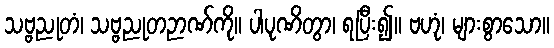
သဗ္ဗညုတံ၊ သဗ္ဗညုတဉာဏ်ကို။ ပါပုဏိတွာ၊ ရပြီး၍။ ဗဟုံ၊ များစွာသော။